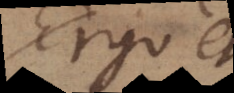
ergo et